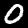
Digit: 0